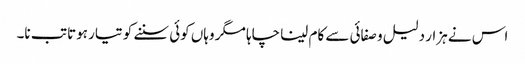
اس نے ہزار دلیل و صفائی سے کام لینا چاہا مگر وہاں کوئی سننے کو تیار ہوتا تب نا۔